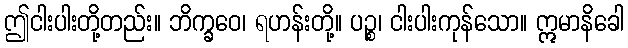
ဤငါးပါးတို့တည်း။ ဘိက္ခဝေ၊ ရဟန်းတို့။ ပဉ္စ၊ ငါးပါးကုန်သော။ ဣမာနိခေါ